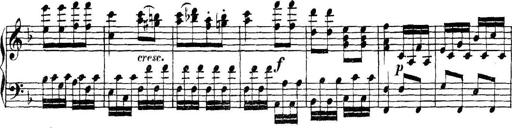
Title: Collected Piano Sonatas
Composer: Muzio Clementi